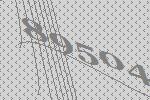
89504